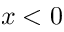
x < 0